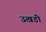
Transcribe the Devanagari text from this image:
उखडी़